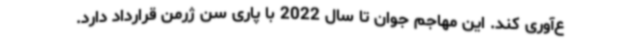
ع‌آوری کند. این مهاجم جوان تا سال 2022 با پاری سن ژرمن قرارداد دارد.